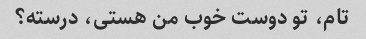
تام، تو دوست خوب من هستی، درسته؟